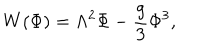
W ( \Phi ) = \Lambda ^ { 2 } \Phi - \frac { g } { 3 } \Phi ^ { 3 } ,